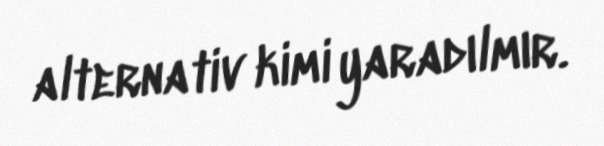
alternativ kimi yaradılmır.